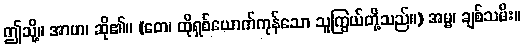
ဤသို့။ အာဟ၊ ဆို၏။ (တေ၊ ထိုရှစ်ယောက်ကုန်သော သူကြွယ်တို့သည်။) အမ္မ၊ ချစ်သမီး။